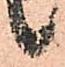
候